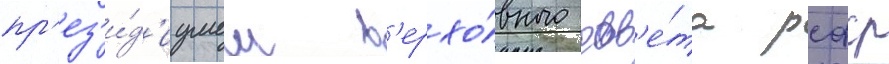
пр'ез'и́д'иумом в'ерхо́вного сов'е́та рсфср